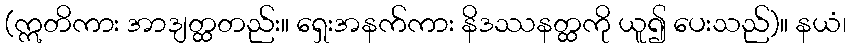
(ဣတိကား အာဒျတ္ထတည်း။ ရှေးအနက်ကား နိဒဿနတ္ထကို ယူ၍ ပေးသည်)။ နယံ၊